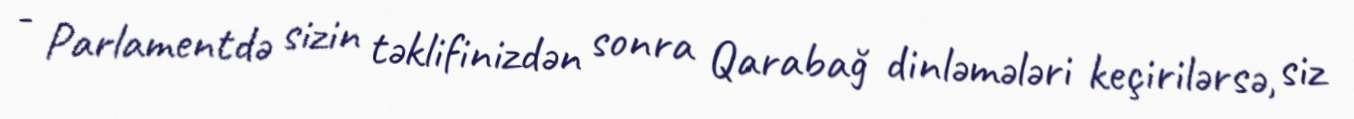
- Parlamentdə sizin təklifinizdən sonra Qarabağ dinləmələri keçirilərsə, siz